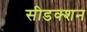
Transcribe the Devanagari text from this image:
सीडक्शन